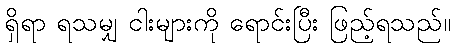
ရှိရာ ရသမျှ ငါးများကို ရောင်းပြီး ဖြည့်ရသည်။